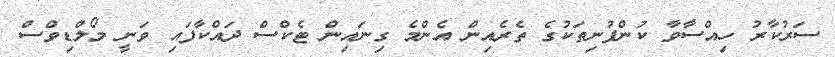
ސަރުކާރު ހިއްސާވާ ކުންފުނިތަކުގެ ތެރެއިން އެންމެ ގިނައިން ޓެކްސް ދައްކާފައި ވަނީ މޯލްޑިވްސް